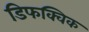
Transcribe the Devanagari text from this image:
डिफक्विक